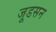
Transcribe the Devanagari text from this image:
जूडसन